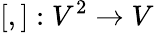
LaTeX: [,]:V^{2}\to V